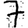
Digit: 7